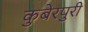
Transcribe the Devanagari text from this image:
कुबेरपुरी